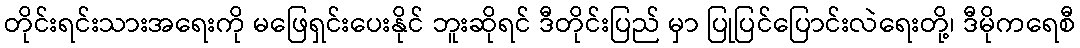
တိုင်းရင်းသားအရေးကို မဖြေရှင်းပေးနိုင် ဘူးဆိုရင် ဒီတိုင်းပြည် မှာ ပြုပြင်ပြောင်းလဲရေးတို့၊ ဒီမိုကရေစီ